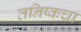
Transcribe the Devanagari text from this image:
तनिष्कचा